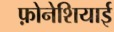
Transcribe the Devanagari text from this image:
फ़ोनेशियाई